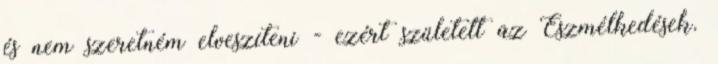
és nem szeretném elveszíteni - ezért született az Eszmélkedések.